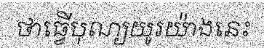
ថាធ្វើបុណ្យយូរយ៉ាងនេះ